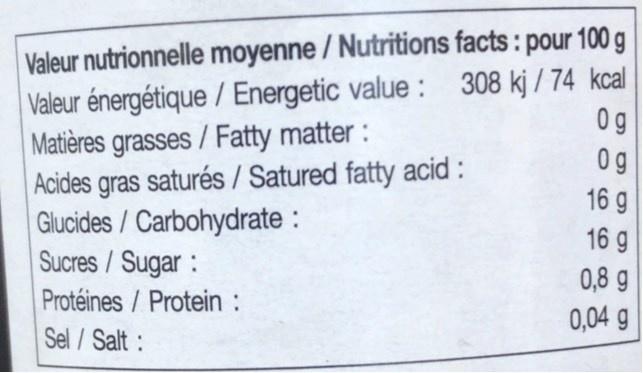
Valeur nutrionnelle moyenne / Nutritions facts : pour 100 g Valeur énergétique / Energetic value : 308 kj / 74 kcal Matières grasses/ Fatty matter : Acides gras saturés / Satured fatty acid : Gilucides/Carbohydrate : Sucres/Sugar: Protéines/Protein : Sel/Salt :
0g
0g
16 g 16 g
0,8 g
0,04 g